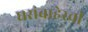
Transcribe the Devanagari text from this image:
घरांबाहेरची